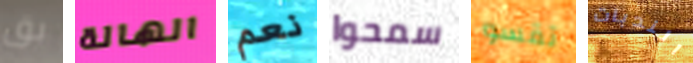
بق الهالة نعم سمحوا تقسو الندبات